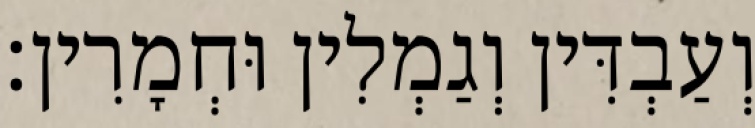
וְעַבְדִּין וְגַמְלִין וּחְמָרִין׃